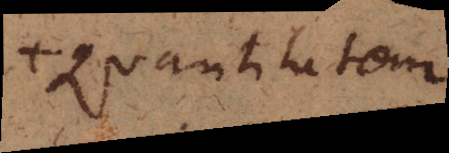
+ quantitatem